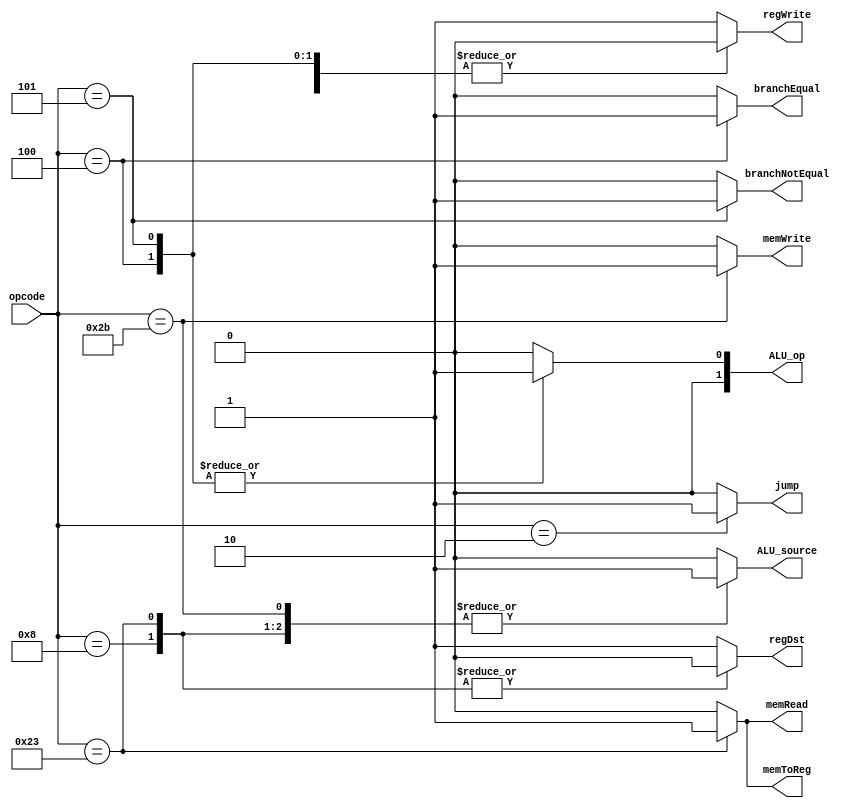
module ControlUnit(
                input wire [5:0] opcode,
                output reg branchEqual,
                output reg branchNotEqual,
                output reg [1:0] ALU_op,
                output reg memRead,
                output reg memWrite,
                output reg memToReg,
                output reg regDst,
                output reg regWrite,
                output reg ALU_source,
                output reg jump);

    always @(*)
    begin
        //* RTYPE BY DEFAULT
        jump <= 1'b0;
        regWrite <= 1'b1;
        regDst <= 1'b1;
        memWrite <= 1'b0;
        memToReg <= 1'b0;
        memRead <= 1'b0;
        branchEqual <= 1'b0;
        branchNotEqual <= 1'b0;
        ALU_source <= 1'b0;
        ALU_op [1:0] <= 2'b0;

        case(opcode)
            6'b000000:  //* R-type operations 
            begin
                // no changes necessary 
                // the default values are R type values
			end

            6'b000010:  //* JUMP 
            begin	
				jump <= 1'b1;
			end

            6'b000100:  //* BRANCH EQUAL 
            begin	
				ALU_op[0]  <= 1'b1;
				ALU_op[1]  <= 1'b0;
				branchEqual <= 1'b1;
				regWrite  <= 1'b0;
			end

            6'b000101:  //* BRANCH NOT EQUAL
            begin
				ALU_op[0]  <= 1'b1;
				ALU_op[1]  <= 1'b0;
				branchNotEqual <= 1'b1;
				regWrite  <= 1'b0;
			end
            
            6'b001000:  //* ADD IMMEDIATE 
            begin	
				regDst   <= 1'b0;
				ALU_op[1] <= 1'b0;
				ALU_source   <= 1'b1;
			end
            
            6'b100011:  //* LOAD WORD
            begin
                memRead  <= 1'b1;
				regDst  <= 1'b0;
				memToReg <= 1'b1;
				ALU_op[1] <= 1'b0;
				ALU_source   <= 1'b1;
            end

            6'b101011:  //* STORE WORD
            begin
				memWrite <= 1'b1;
				ALU_op[1] <= 1'b0;
				ALU_source   <= 1'b1;
				regWrite <= 1'b0;
			end
        endcase
    end
endmodule